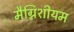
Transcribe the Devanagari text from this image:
मैग्निशीयम